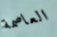
العاصمة